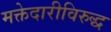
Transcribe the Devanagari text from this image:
मक्तेदारीविरुद्ध